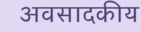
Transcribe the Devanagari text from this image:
अवसादकीय